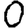
Digit: 0